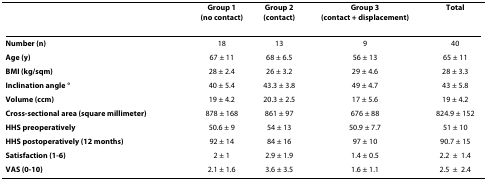
<table><thead><tr><td></td><td><b>Group 1(no contact)</b></td><td><b>Group 2(contact)</b></td><td><b>Group 3(contact + displacement)</b></td><td><b>Total</b></td></tr></thead><tbody><tr><td><b>Number (n)</b></td><td>18</td><td>13</td><td>9</td><td>40</td></tr><tr><td><b>Age (y)</b></td><td>67 ± 11</td><td>68 ± 6.5</td><td>56 ± 13</td><td>65 ± 11</td></tr><tr><td><b>BMI (kg/sqm)</b></td><td>28 ± 2.4</td><td>26 ± 3.2</td><td>29 ± 4.6</td><td>28 ± 3.3</td></tr><tr><td><b>Inclination angle °</b></td><td>40 ± 5.4</td><td>43.3 ± 3.8</td><td>49 ± 4.7</td><td>43 ± 5.8</td></tr><tr><td><b>Volume (ccm)</b></td><td>19 ± 4.2</td><td>20.3 ± 2.5</td><td>17 ± 5.6</td><td>19 ± 4.2</td></tr><tr><td><b>Cross-sectional area (square millimeter)</b></td><td>878 ± 168</td><td>861 ± 97</td><td>676 ± 88</td><td>824.9 ± 152</td></tr><tr><td><b>HHS preoperatively</b></td><td>50.6 ± 9</td><td>54 ± 13</td><td>50.9 ± 7.7</td><td>51 ± 10</td></tr><tr><td><b>HHS postoperatively (12 months)</b></td><td>92 ± 14</td><td>84 ± 16</td><td>97 ± 10</td><td>90.7 ± 15</td></tr><tr><td><b>Satisfaction (1-6)</b></td><td>2 ± 1</td><td>2.9 ± 1.9</td><td>1.4 ± 0.5</td><td>2.2±1.4</td></tr><tr><td><b>VAS (0-10)</b></td><td>2.1 ± 1.6</td><td>3.6 ± 3.5</td><td>1.6 ± 1.1</td><td>2.5±2.4</td></tr></tbody></table>